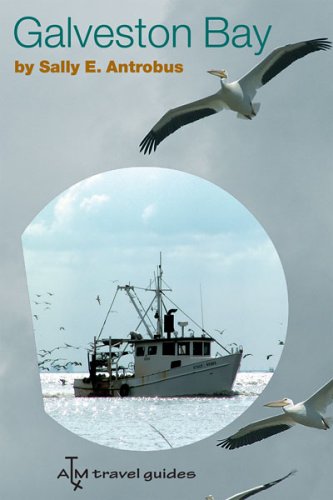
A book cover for Galveston Bay (Gulf Coast Books, sponsored by Texas A&M University-Corpus Christi); Sally E. Antrobus; Sports & Outdoors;